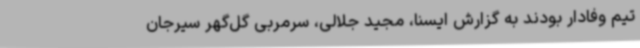
تیم وفادار بودند به گزارش ایسنا، مجید جلالی، سرمربی گل‌گهر سیرجان